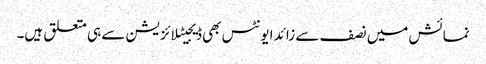
نمائش میں نصف سے زائد ایونٹس بھی ڈیجیٹلائزیشن سے ہی متعلق ہیں۔